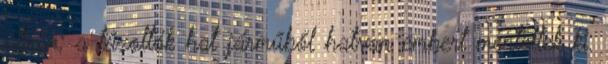
útjain; a tűzoltók hat járműből hatvan embert mentettek ki.